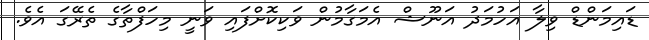
ޑައިމަންޑް ވިލާ އަހުމަދު އަނޫޝް އެމަގާމުން ވަކިކޮށްފައި ވަނީ މިހަފްތާގެ ތެރޭގަ އެވެ.